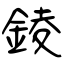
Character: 錂